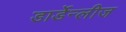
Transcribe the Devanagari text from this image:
डार्डेन्लीज